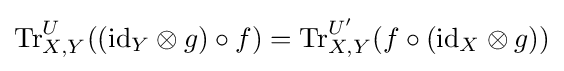
\mathrm {Tr} _{X,Y}^{U}((\mathrm {id} _{Y}\otimes g)\circ f)=\mathrm {Tr} _{X,Y}^{U'}(f\circ (\mathrm {id} _{X}\otimes g))